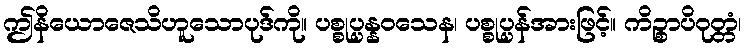
ဤနိယောဇေသိဟူသောပုဒ်ကို။ ပစ္စုပ္ပန္နဝသေန၊ ပစ္စုပ္ပန်အားဖြင့်။ ကိဉ္စာပိဝုတ္တံ၊